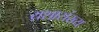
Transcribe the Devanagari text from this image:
यशासंख्य